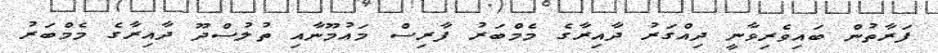
ފަރާތުން ބައިވެރިވާނީ ދިއްގަރު ދާއިރާގެ މެމްބަރު ފާރިސް މައުމޫނާއި ތުލުސްދޫ ދާއިރާގެ މެމްބަރު